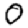
Digit: 0